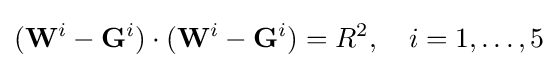
(\mathbf {W} ^{i}-\mathbf {G} ^{i})\cdot (\mathbf {W} ^{i}-\mathbf {G} ^{i})=R^{2},\quad i=1,\ldots ,5